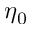
\eta _ { 0 }